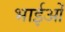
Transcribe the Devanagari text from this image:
भाईओं